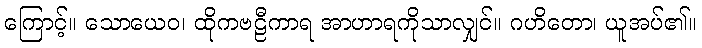
ကြောင့်။ သောယေဝ၊ ထိုကဗဠီကာရ အာဟာရကိုသာလျှင်။ ဂဟိတော၊ ယူအပ်၏။